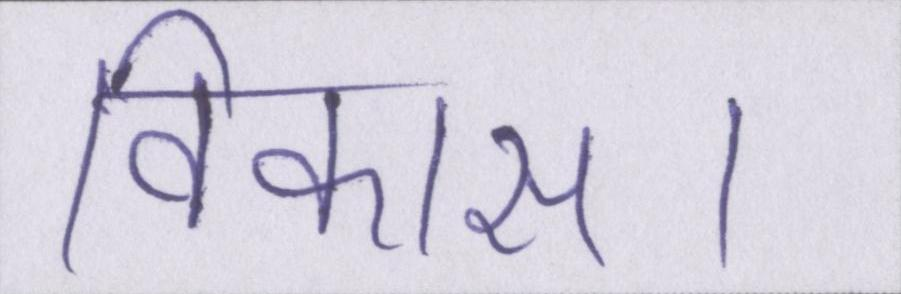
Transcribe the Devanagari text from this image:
विकास।